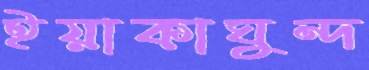
ইয়াকাঘুন্দ